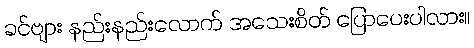
ခင်ဗျား နည်းနည်းလောက် အသေးစိတ် ပြောပေးပါလား။